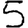
Digit: 5